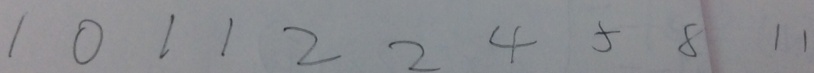
1 0 1 1 2 2 4 5 8 1 1